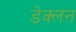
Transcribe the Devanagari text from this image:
डेक्लन